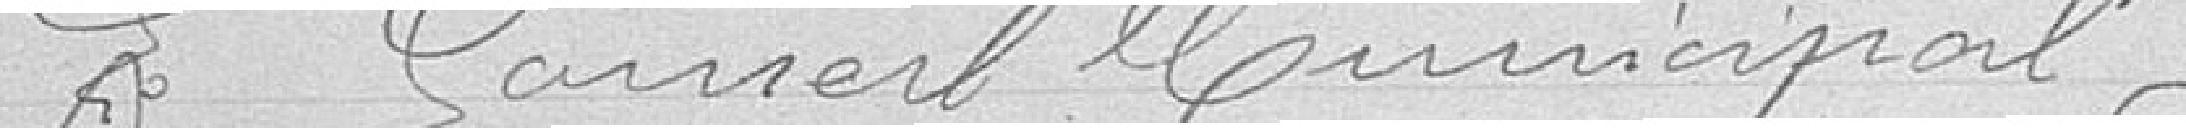
Le Conseil Municipal